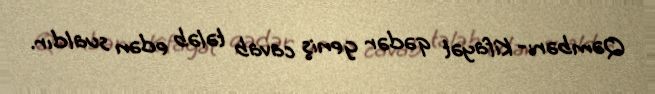
Qəmbər:- Kifayət qədər geniş cavab tələb edən sualdır.